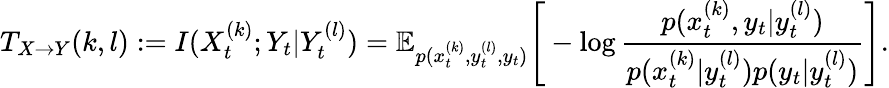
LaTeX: T_{X\rightarrow Y}(k,l):=I(X_{t}^{(k)};Y_{t}|Y_{t}^{(l)})=\mathbb{E}_{p(x_{t}^{(k)},y_{t}^{(l)},y_{t})}\Bigg[-\log\frac{p(x_{t}^{(k)},y_{t}|y_{t}^{(l)})}{p(x_{t}^{(k)}|y_{t}^{(l)})p(y_{t}|y_{t}^{(l)})}\Bigg].